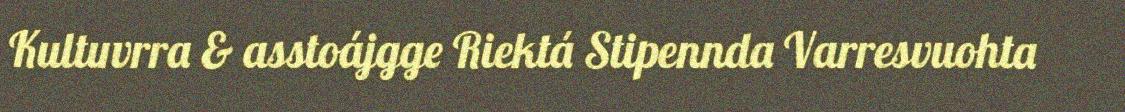
Kultuvrra & asstoájgge Riektá Stipennda Varresvuohta